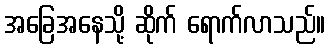
အခြေအနေသို့ ဆိုက် ရောက်လာသည်။